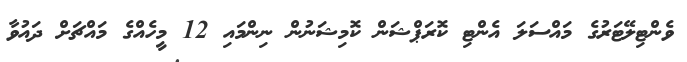
ވެންޓިލޭޓަރުގެ މައްސަލަ އެންޓި ކޮރަޕްޝަން ކޮމިޝަނުން ނިންމައި 12 މީހެއްގެ މައްޗަށް ދައުވާ